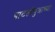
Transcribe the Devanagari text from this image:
पाटलीपुत्राच्या